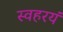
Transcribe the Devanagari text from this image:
स्वहरयं